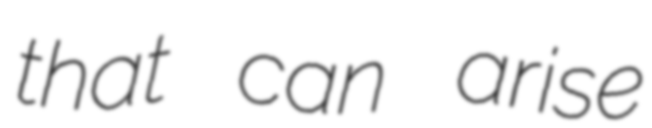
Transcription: that can arise